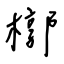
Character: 槨